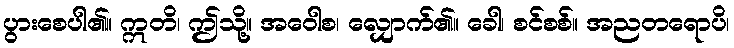
ပွားစေပါ၏။ ဣတိ၊ ဤသို့။ အဝေါစ၊ လျှောက်၏။ ခေါ၊ စင်စစ်။ အညတရောပိ၊